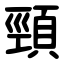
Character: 頸